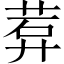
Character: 𬜽